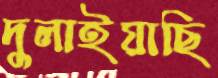
দুলাইয়াছি